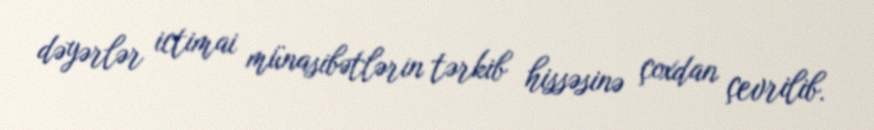
dəyərlər ictimai münasibətlərin tərkib hissəsinə çoxdan çevrilib.